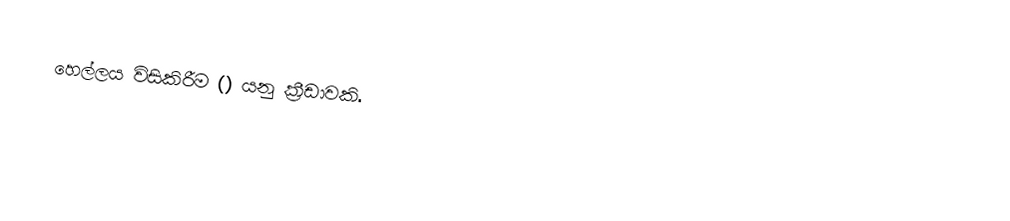
හෙල්ලය විසිකිරීම () යනු ක්‍රීඩාවකි.